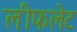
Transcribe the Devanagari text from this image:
लीफलेट